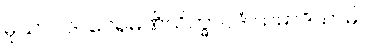
မုသာဝါဒါ ဝေရမဏိသိက္ခာပဒံ သမာဒိယာမိ။